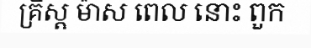
គ្រិស្ត ម៉ាស ពេល នោះ ពួក